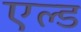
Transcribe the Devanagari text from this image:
एल्ड